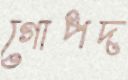
গোপদ